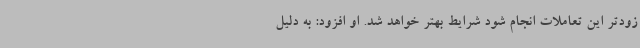
زودتر این تعاملات انجام شود شرایط بهتر ‌خواهد شد. او افزود: به دلیل